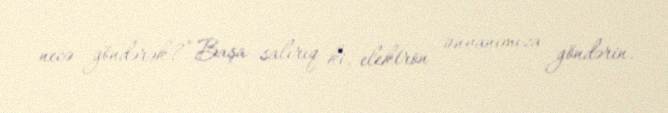
necə göndərək?” Başa salırıq ki, elektron ünvanımıza göndərin.